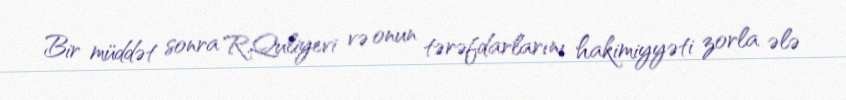
Bir müddət sonra R.Quliyevi və onun tərəfdarlarını hakimiyyəti zorla ələ